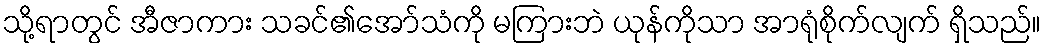
သို့ရာတွင် အီဇာကား သခင်၏အော်သံကို မကြားဘဲ ယုန်ကိုသာ အာရုံစိုက်လျက် ရှိသည်။